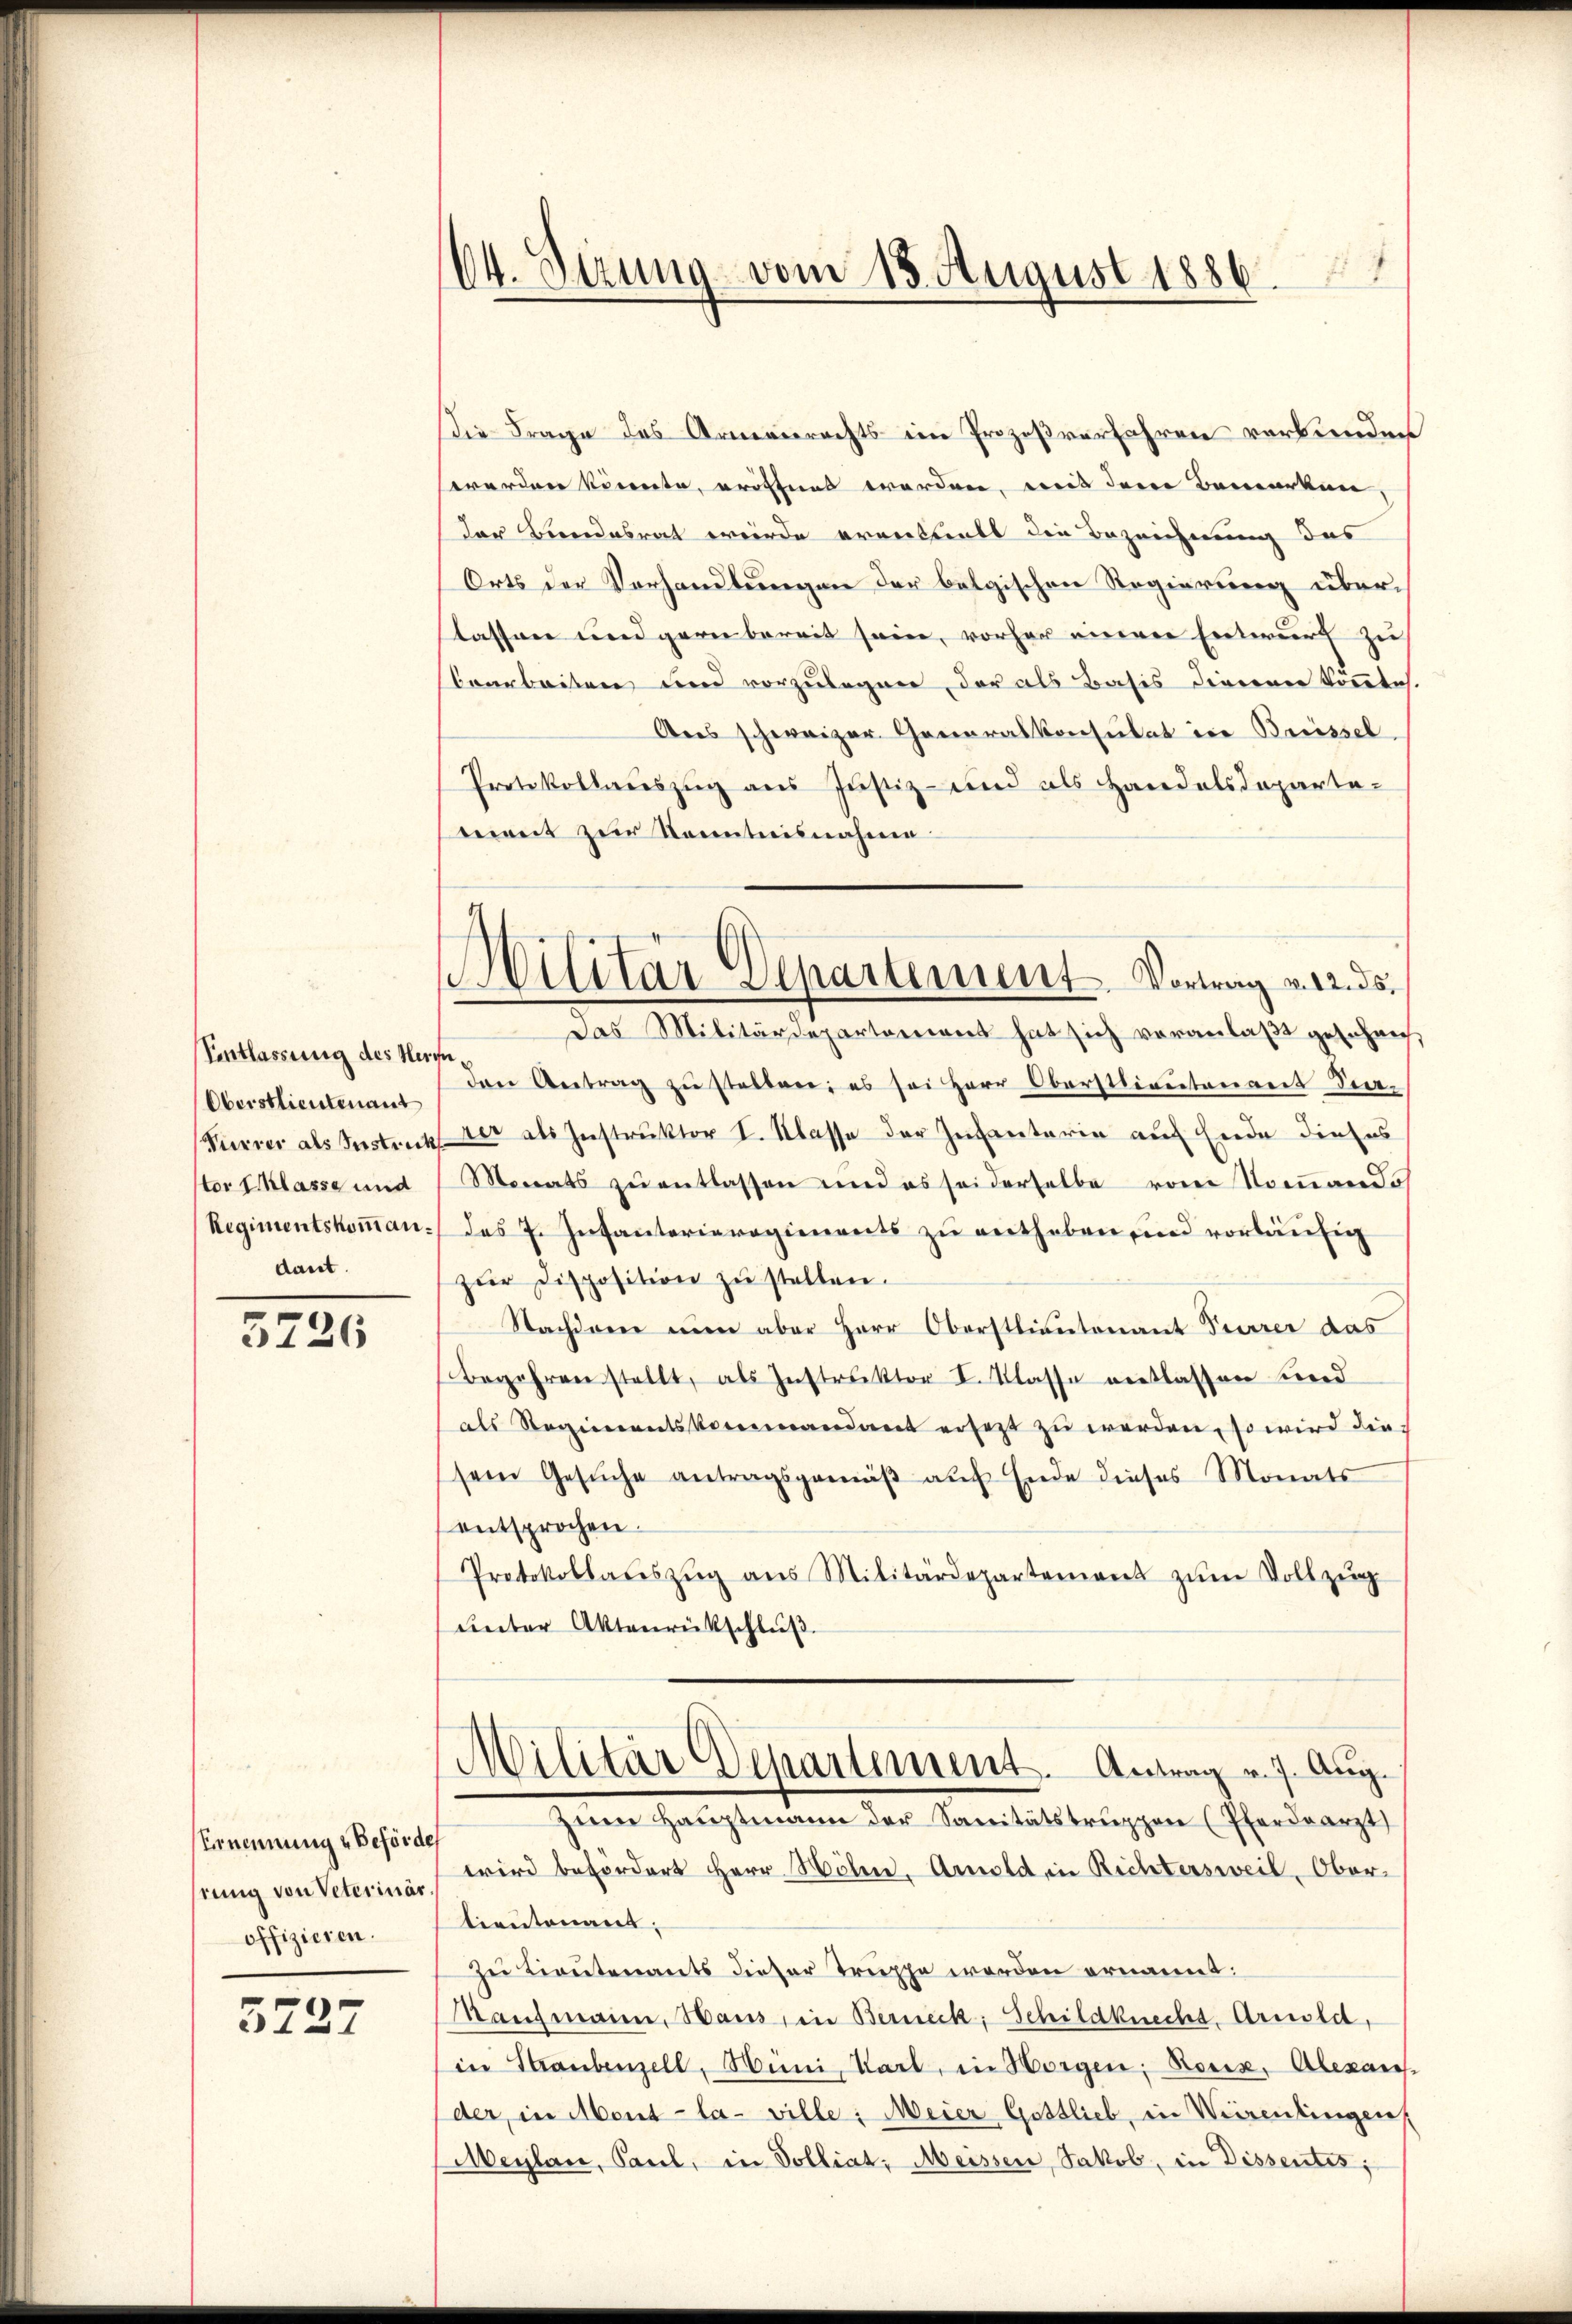
Entlassung des Herrn
Oberstlieutenant
ster Erlasse und
dant.

5726

Eernennung Beförde
stung von Veterinär.
offizieren.

3227

64. Sizung vom 13. August 1886.

Militär Departement. Vortrag v. 12. ds.
Das Militärdepartement hat sich veranlaßt geschen,

Die Frage des Armenrechts im Prozeßverfahren verbunden
werden könnte, eröffnet werden, weit dem Bemerken,
der Beendesrat werde erenthalt die Bezeichnung des
Orts der Verhandlungen der belgischen Regierung überlassen und garn bereit sein, vorher einen Entwurf zu
Caarbeiten und vorzulegnen, der als Basis dienenen könnte.
Ans schweizer Generalkonsulat in Brissel
Protokollauszug aus Justiz- und als Handelsdepartement zur Kenntnisnahme
den Antrag zŭ stellen; es sei Herr Oberstlieutenant See-
Vürrer als Instruck der als Instruktor I. Klasse der Infanterin auf Ende dieses
Monats zu entlassen und es sei derselbe vom Nommandos
Regimentskoṁan./ des 7. Infanterieregiments zŭ entheben, und vorläufig
zŭr Disposition zŭ stellen.
Nachdene einen aber Herr Oberstlieutenant Feurer das
Begehren stellt, als Instruktor I. Klasse entlassen und
als Regierentskommandant ersezt zu werden, so wird diesem Gesŭche antragsgemäβ aŭf Ende dieses Monats
entsprochen.
Protokollaŭszŭg aŭs Militärdepartement zŭm Vollzŭg
unter Aktenrückschluß.
Militär Departement. Antrag v. 7. Aug.
zum Hauptmann der Sanitätstruppen (Pferdearzt
wird befördert Herr Wöhn, Amold in Richtersweil, Oberlieutenant,
Zu Lieutenants dieser Truppe werden ernannt:
Manchmann, Haus, in Berneck, Schildknechs. Arnold,
in Straubenzell, Hüni, Karl, in Horgen: Roniz, Alexan
der, in Ment la ville: Meier Gottlieb, in Weisentingen
Weylan, Paul, in Volliat: Meissen Jakob, in Dissentes;